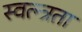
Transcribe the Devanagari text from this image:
स्वत्न्त्रता